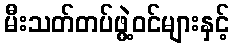
မီးသတ်တပ်ဖွဲ့ဝင်များနှင့်